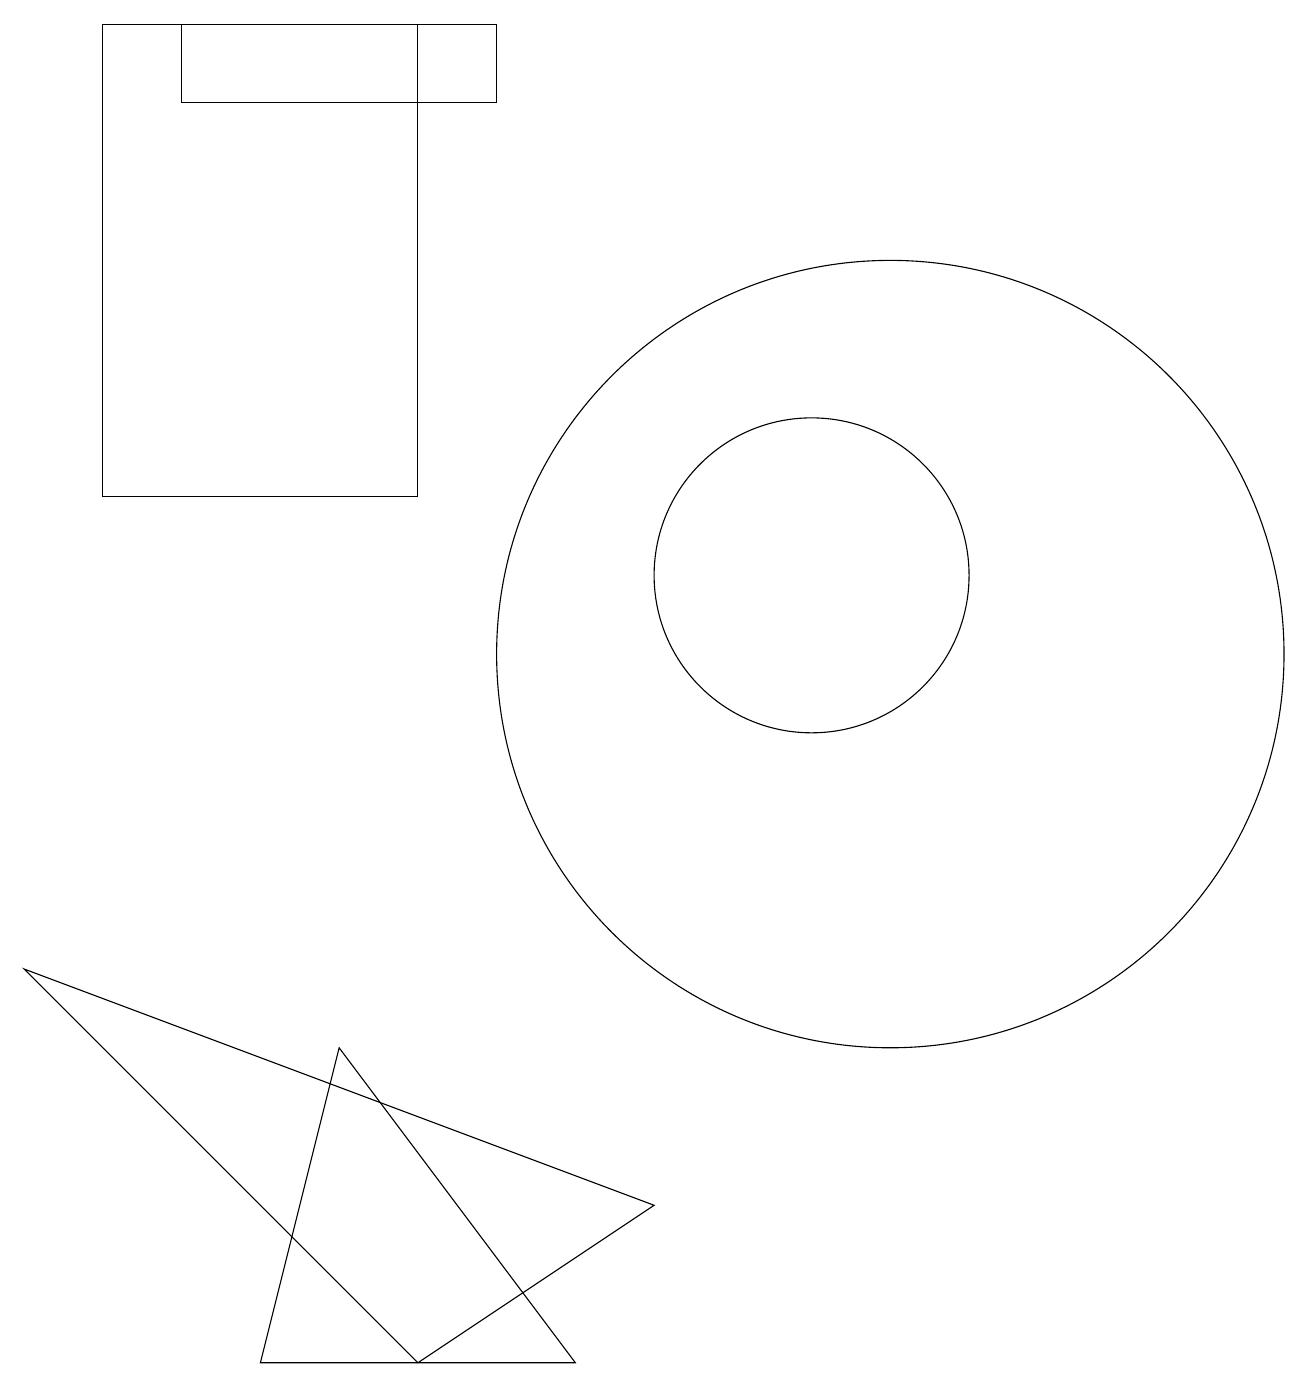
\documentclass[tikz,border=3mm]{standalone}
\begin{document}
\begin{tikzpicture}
\draw (12,10) circle (5);
\draw (11,11) circle (2);
\draw (3,17) rectangle (7,18);
\draw (5,5) -- (8,1) -- (4,1) -- cycle;
\draw (9,3) -- (1,6) -- (6,1) -- cycle;
\draw (2,18) rectangle (6,12);
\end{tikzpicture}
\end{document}